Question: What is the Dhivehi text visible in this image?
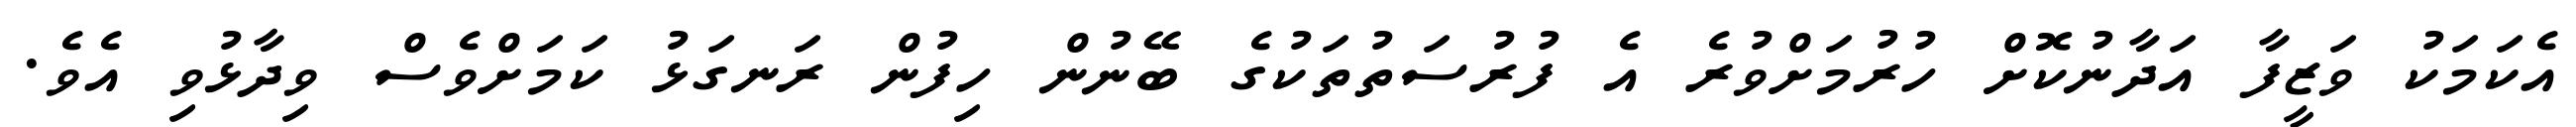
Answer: އެކަމަކު ވަޒީފާ އަދާނުކޮށް ހުރުމަށްވުރެ އެ ފުރުސަތުތަކުގެ ބޭނުން ހިފުން ރަނގަޅު ކަމަށްވެސް ވިދާޅުވި އެވެ.